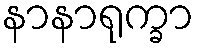
နာနာရုက္ခာ